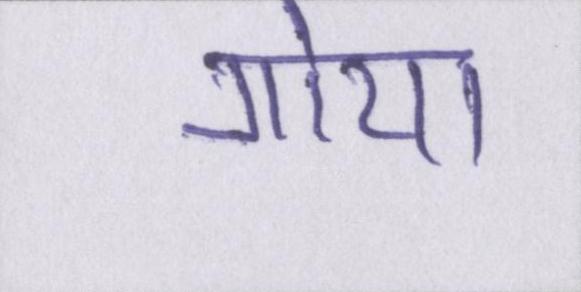
गोया